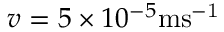
v = 5 \times 1 0 ^ { - 5 } \mathrm { m s ^ { - 1 } }